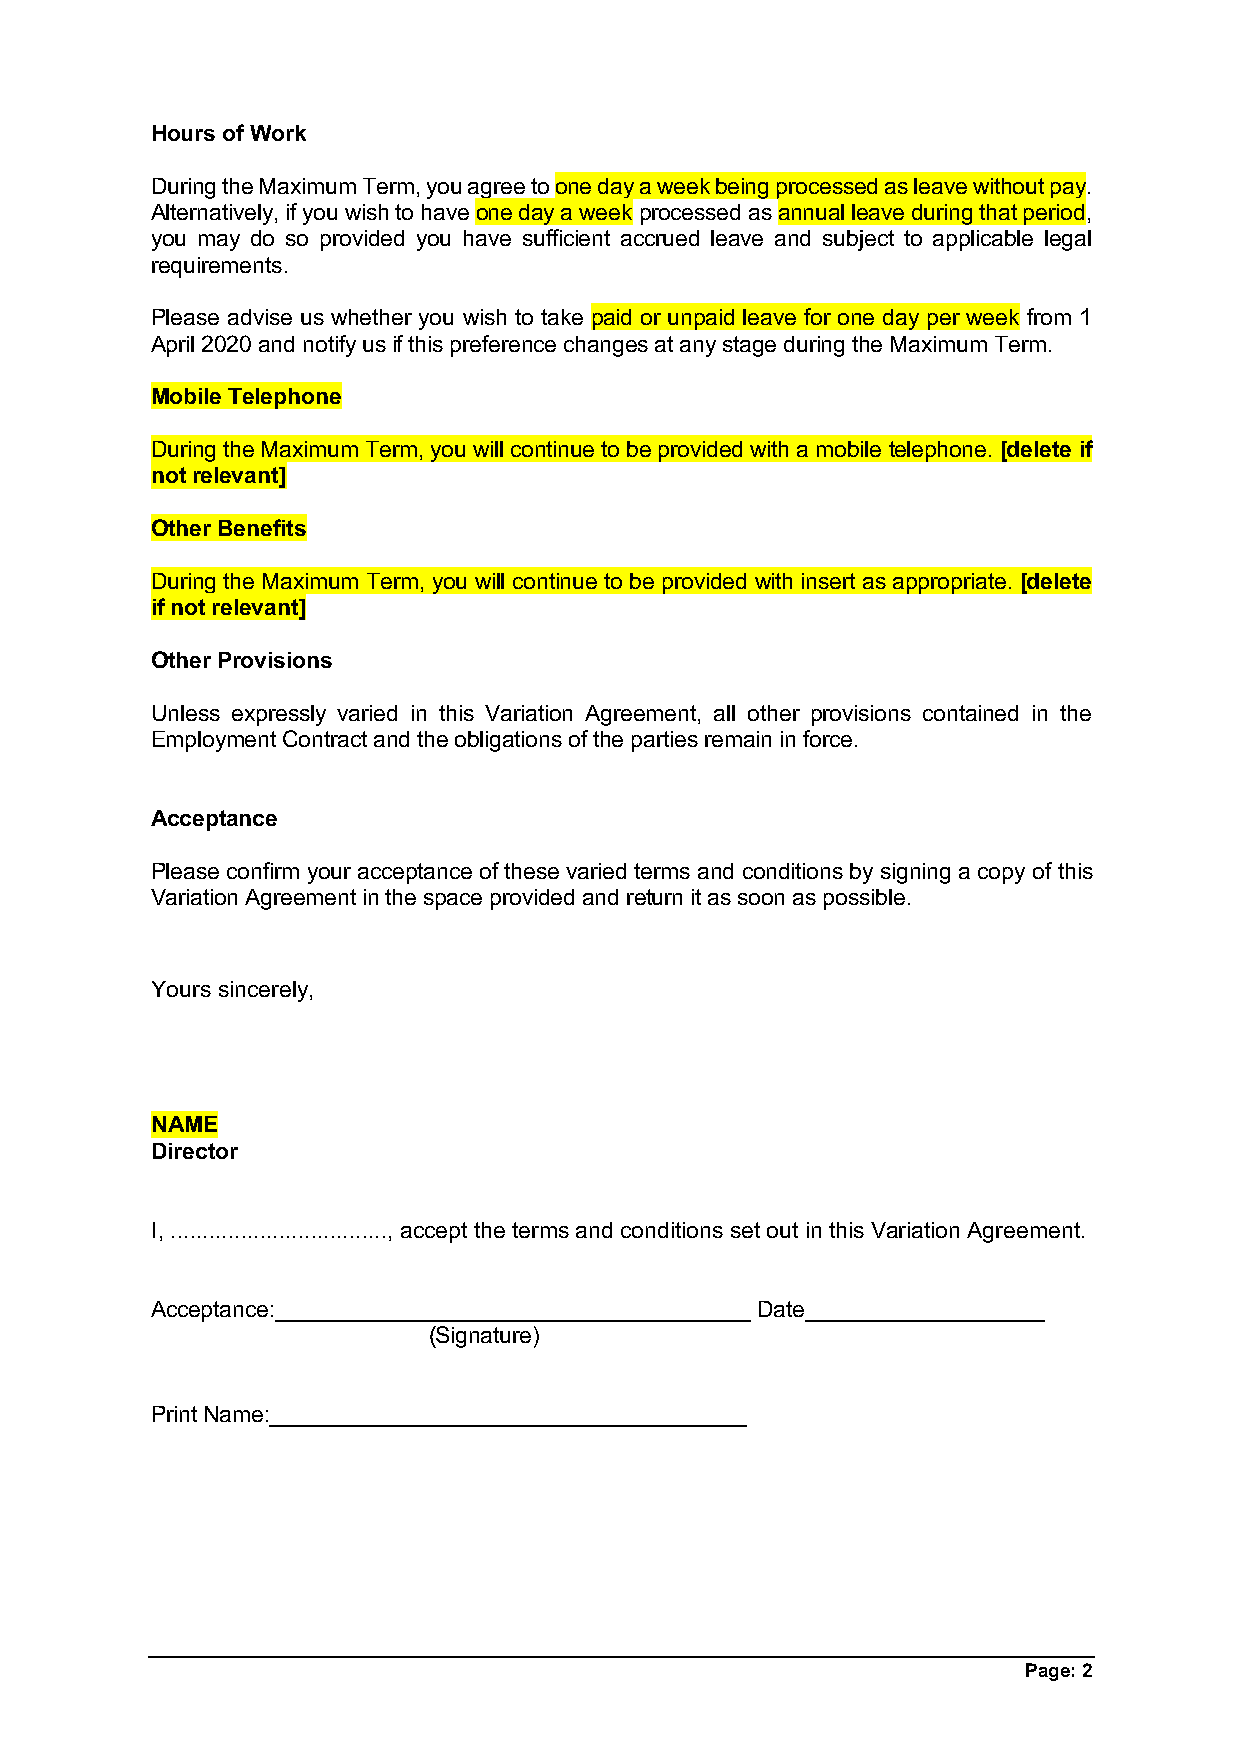
Hours of Work
 During the Maximum Term, you agree to one day a week being processed as leave without pay.
 Alternatively, if you wish to have one day a week processed as annual leave during that period,
 you may do so provided you have sufficient accrued leave and subject to applicable legal
 requirements.
 Please advise us whether you wish to take paid or unpaid leave for one day per week from 1
 April 2020 and notify us if this preference changes at any stage during the Maximum Term.
 Mobile Telephone
 During the Maximum Term, you will continue to be provided with a mobile telephone. [delete if
 not relevant]
 Other Benefits
 During the Maximum Term, you will continue to be provided with insert as appropriate. [delete
 if not relevant]
 Other Provisions
 Unless expressly varied in this Variation Agreement, all other provisions contained in the
 Employment Contract and the obligations of the parties remain in force.
 Acceptance
 Please confirm your acceptance of these varied terms and conditions by signing a copy of this
 Variation Agreement in the space provided and return it as soon as possible.
 Yours sincerely,
 NAME
 Director
 I, .................................., accept the terms and conditions set out in this Variation Agreement.
 Acceptance:______________________________________ Date___________________
 (Signature)
 Print Name:______________________________________
 Page: 2